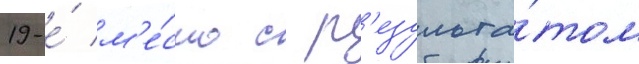
19-е́ м'е́сто с р'езульта́том